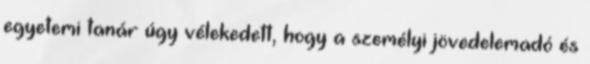
egyetemi tanár úgy vélekedett, hogy a személyi jövedelemadó és